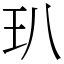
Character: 玐